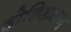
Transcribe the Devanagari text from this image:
दोक्ख्यिन